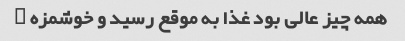
همه چیز عالی بود غذا به موقع رسید و خوشمزه …